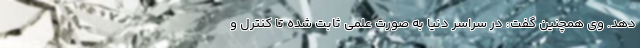
دهد. وی همچنین گفت: در سراسر دنیا به صورت علمی ثابت شده تا کنترل و